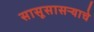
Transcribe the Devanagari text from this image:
सासूसासऱ्याचे